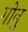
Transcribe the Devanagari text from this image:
गोनु